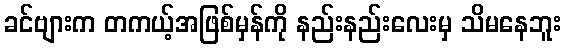
ခင်ဗျားက တကယ့်အဖြစ်မှန်ကို နည်းနည်းလေးမှ သိမနေဘူး